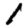
Digit: 1